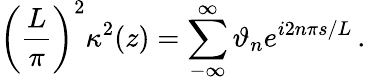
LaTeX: \left(\frac{L}{\pi}\right)^{2}\kappa^{2}(z)=\sum_{-\infty}^{\infty}\vartheta_{n}e^{i2n\pi s/L}\, .